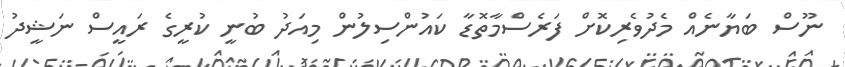
ނޫސް ބަޔާނެއް މެދުވެރިކޮށް ފަރެސްމާތޮޑާ ކައުންސިލުން މިއަދު ބުނީ ކުރީގެ ރައީސް ނަޝީދު